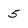
Character: 5